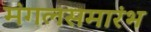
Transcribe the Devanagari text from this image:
मंगलसमारंभ